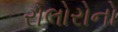
રોલોરોનો